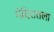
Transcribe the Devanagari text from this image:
मंदिरातला